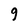
Character: 9